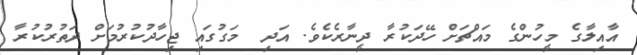
އާއިލާގެ މީހުންގެ މައްޗަށް ހޭދަކުރާ ދީނާރެކެވެ. އަދި  މަގުގައި ޖިހާދުކުރުމަށް ދަތުރުކުރާ